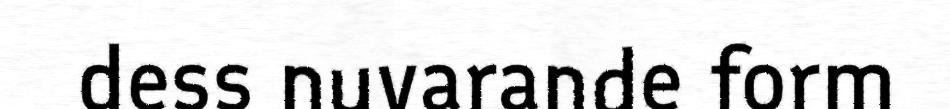
dess nuvarande form